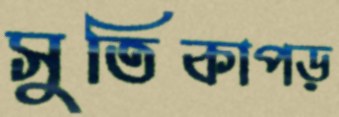
সুতিকাপড়